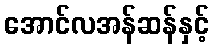
အောင်လအန်ဆန်နှင့်